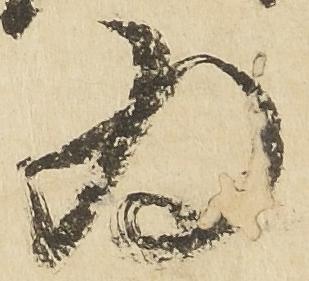
為